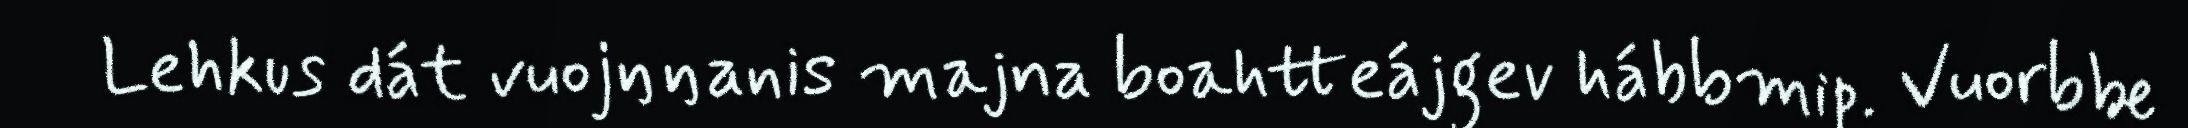
Lehkus dát vuojŋŋanis majna boahtteájgev hábbmip. Vuorbbe